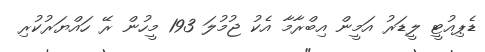
ޑެޕިއުޓީ ލީޑަރު އަމީން އިބްރާމާ އެކު ޖުމުލަ 193 މީހުން ރޭ ހައްޔަރުކުރި